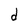
Character: d